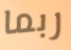
ربما